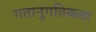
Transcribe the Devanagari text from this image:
गतानुगतिकता